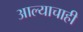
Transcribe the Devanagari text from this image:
आल्याचाही